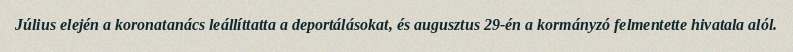
Július elején a koronatanács leállíttatta a deportálásokat, és augusztus 29-én a kormányzó felmentette hivatala alól.